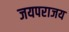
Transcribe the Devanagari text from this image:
जयपराजय